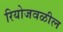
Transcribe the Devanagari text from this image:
रियोजवळील